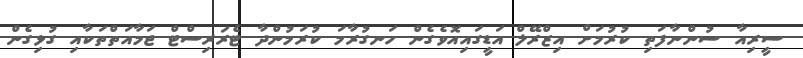
ސީރިއާ ސުންނާފަތި ކުރުމަށް އިޒްރޭލް އަޑީގައިއޮވެގެން ހަނގުރާމަ ކުރަމުންދާ ޓެރަރިސްޓް ޖަމާއަތްތަކާއި ގުޅިގެން